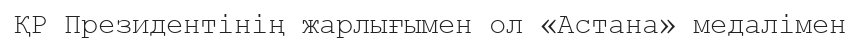
ҚР Президентінің жарлығымен ол «Астана» медалімен